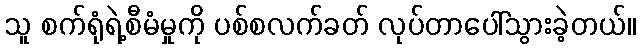
သူ စက်ရုံရဲ့စီမံမှုကို ပစ်စလက်ခတ် လုပ်တာပေါ်သွားခဲ့တယ်။